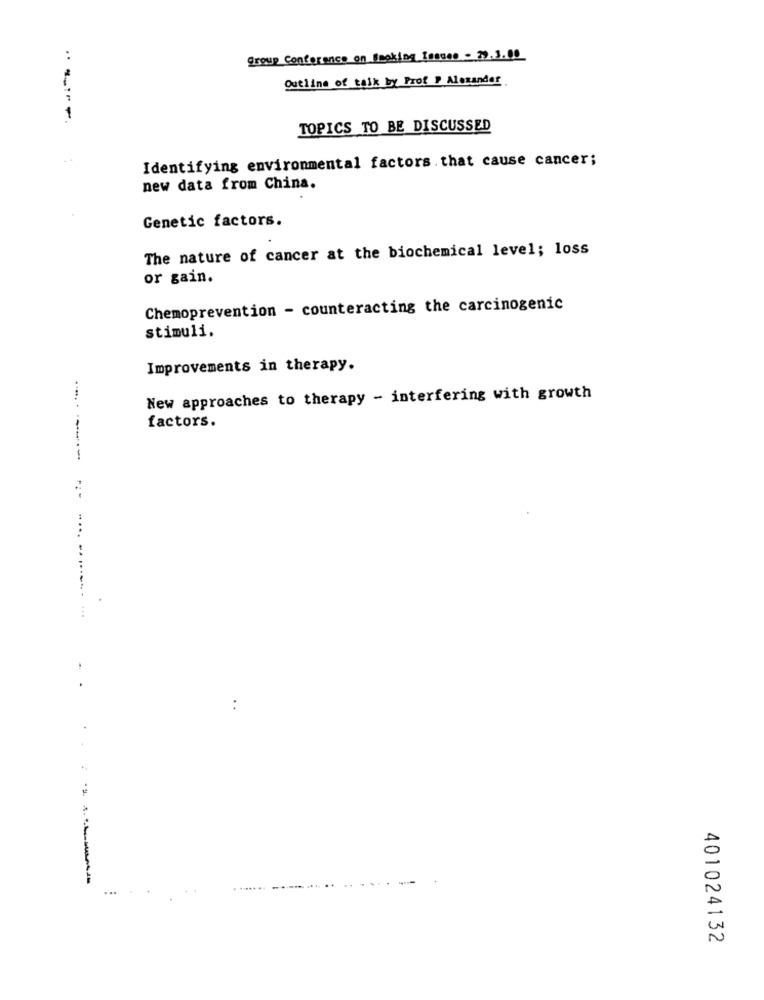
group Conference on Smoking Issues - 29.3.00
Outline of talk by Prof . Alexander
TOPICS TO BE DISCUSSED
Identifying environmental factors that cause cancer;
new data from China.
Genetic factors.
The nature of cancer at the biochemical level; loss
or gain.
Chemoprevention - counteracting the carcinogenic
stimuli.
Improvements in therapy.
New approaches to therapy - interfering with growth
factors.
.... ........
:
-----
...
. .......
401024132